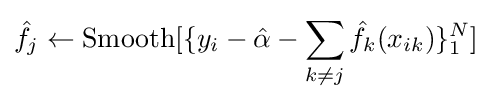
{\hat {f_{j}}}\leftarrow {\text{Smooth}}[\lbrace y_{i}-{\hat {\alpha }}-\sum _{k\neq j}{\hat {f_{k}}}(x_{ik})\rbrace _{1}^{N}]